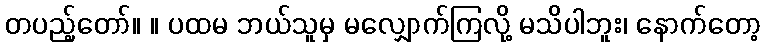
တပည့်တော်။ ။ ပထမ ဘယ်သူမှ မလျှောက်ကြလို့ မသိပါဘူး၊ နောက်တော့